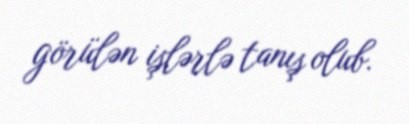
görülən işlərlə tanış olub.